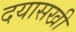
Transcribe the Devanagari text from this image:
दयासखी